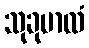
သုခုမာလံ